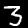
Digit: 3